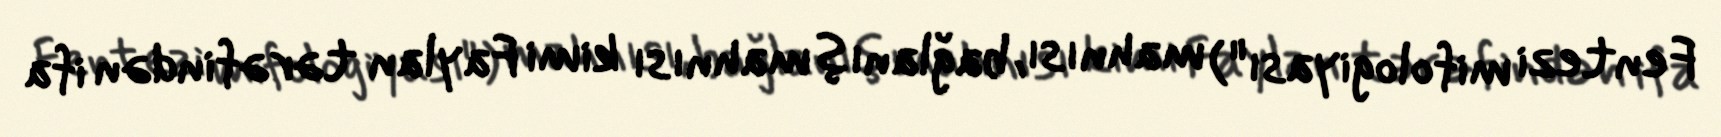
Fentezi mifologiyası") mahnısı, bağlanış mahnısı kimi Faylan tərəfindən ifa